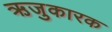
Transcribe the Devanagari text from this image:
ऋजुकारक